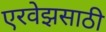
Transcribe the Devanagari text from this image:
एरवेझसाठी